Indian journal of veterinary science and animal husbandry - Volume 9,
Year: 1939
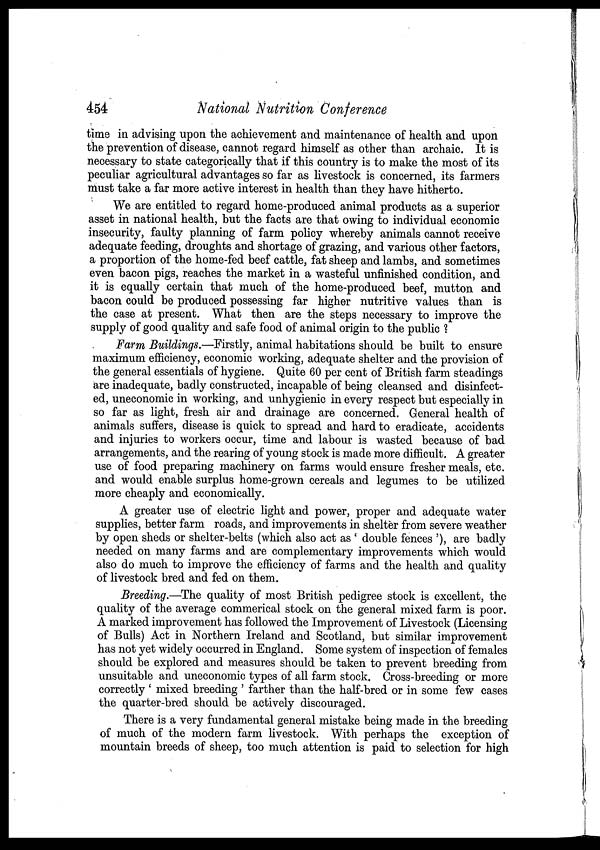
454
National Nutrition Conference
time in advising upon the achievement and maintenance of health and upon
the prevention of disease, cannot regard himself as other than archaic. It is
necessary to state categorically that if this country is to make the most of its
peculiar agricultural advantages so far as livestock is concerned, its farmers
must take a far more active interest in health than they have hitherto.
We are entitled to regard home-produced animal products as a superior
asset in national health, but the facts are that owing to individual economic
insecurity, faulty planning of farm policy whereby animals cannot receive
adequate feeding, droughts and shortage of grazing, and various other factors,
a proportion of the home-fed beef cattle, fat sheep and lambs, and sometimes
even bacon pigs, reaches the market in a wasteful unfinished condition, and
it is equally certain that much of the home-produced beef, mutton and
bacon could be produced possessing far higher nutritive values than is
the case at present. What then are the steps necessary to improve the
supply of good quality and safe food of animal origin to the public ?
Farm Buildings.—Firstly, animal habitations should be built to ensure
maximum efficiency, economic working, adequate shelter and the provision of
the general essentials of hygiene. Quite 60 per cent of British farm steadings
are inadequate, badly constructed, incapable of being cleansed and disinfect-
ed, uneconomic in working, and unhygienic in every respect but especially in
so far as light, fresh air and drainage are concerned. General health of
animals suffers, disease is quick to spread and hard to eradicate, accidents
and injuries to workers occur, time and labour is wasted because of bad
arrangements, and the rearing of young stock is made more difficult. A greater
use of food preparing machinery on farms would ensure fresher meals, etc.
and would enable surplus home-grown cereals and legumes to be utilized
more cheaply and economically.
A greater use of electric light and power, proper and adequate water
supplies, better farm roads, and improvements in shelter from severe weather
by open sheds or shelter-belts (which also act as ' double fences '), are badly
needed on many farms and are complementary improvements which would
also do much to improve the efficiency of farms and the health and quality
of livestock bred and fed on them.
Breeding.—The quality of most British pedigree stock is excellent, the
quality of the average commerical stock on the general mixed farm is poor.
A marked improvement has followed the Improvement of Livestock (Licensing
of Bulls) Act in Northern Ireland and Scotland, but similar improvement
has not yet widely occurred in England. Some system of inspection of females
should be explored and measures should be taken to prevent breeding from
unsuitable and uneconomic types of all farm stock. Cross-breeding or more
correctly ' mixed breeding ' farther than the half-bred or in some few cases
the quarter-bred should be actively discouraged.
There is a very fundamental general mistake being made in the breeding
of much of the modern farm livestock. With perhaps the exception of
mountain breeds of sheep, too much attention is paid to selection for high